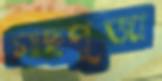
গাছপূজা